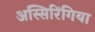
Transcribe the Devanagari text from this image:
अस्सिरिंगिया